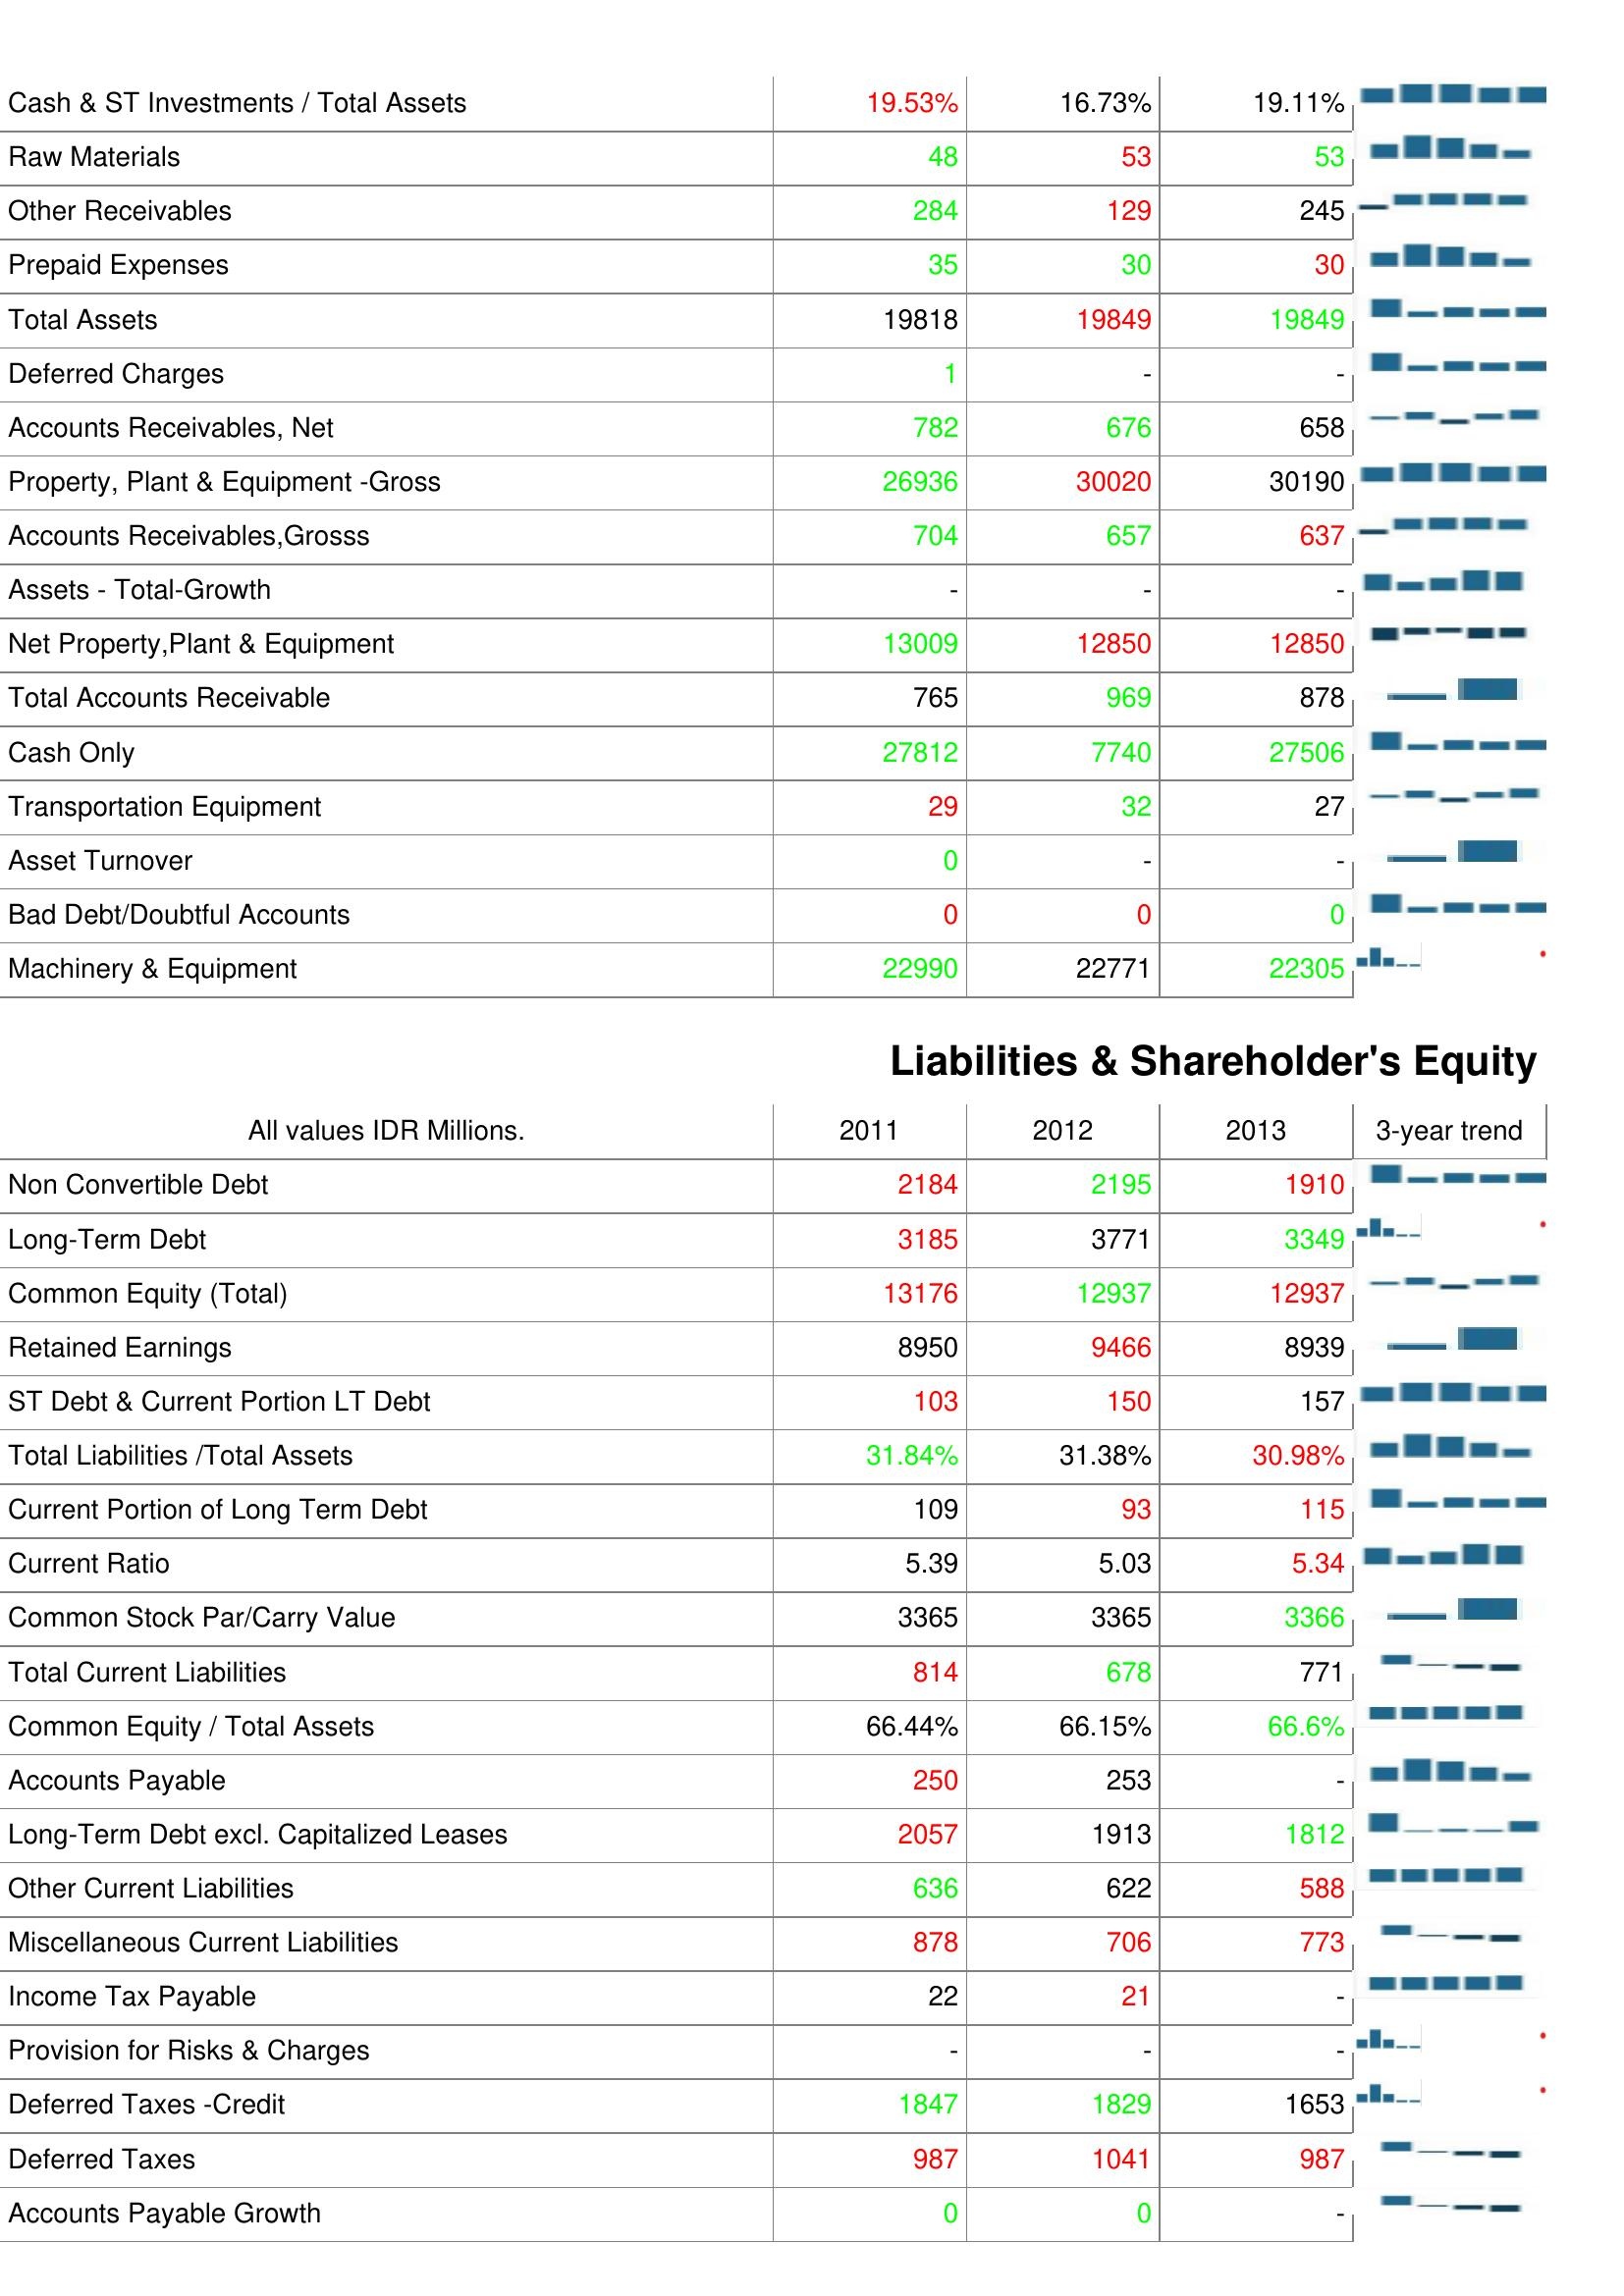
2011: Assets: Cash & ST Investments / Total Assets: 19.53%
Raw Materials: 48
Other Receivables: 284
Prepaid Expenses: 35
Total Assets: 19818
Deferred Charges: 1
Accounts Receivables, Net: 782
Property, Plant & Equipment -Gross: 26936
Accounts Receivables,Grosss: 704
Assets - Total-Growth: -
Net Property,Plant & Equipment: 13009
Total Accounts Receivable: 765
Cash Only: 27812
Transportation Equipment: 29
Asset Turnover: 0
Bad Debt/Doubtful Accounts: 0
Machinery & Equipment: 22990
Liabilities & Shareholder's Equity: Non Convertible Debt: 2184
Long-Term Debt: 3185
Common Equity (Total): 13176
Retained Earnings: 8950
ST Debt & Current Portion LT Debt: 103
Total Liabilities /Total Assets: 31.84%
Current Portion of Long Term Debt: 109
Current Ratio: 5.39
Common Stock Par/Carry Value: 3365
Total Current Liabilities: 814
Common Equity / Total Assets: 66.44%
Accounts Payable: 250
Long-Term Debt excl. Capitalized Leases: 2057
Other Current Liabilities: 636
Miscellaneous Current Liabilities: 878
Income Tax Payable: 22
Provision for Risks & Charges: -
Deferred Taxes -Credit: 1847
Deferred Taxes: 987
Accounts Payable Growth: 0
2012: Assets: Cash & ST Investments / Total Assets: 16.73%
Raw Materials: 53
Other Receivables: 129
Prepaid Expenses: 30
Total Assets: 19849
Deferred Charges: -
Accounts Receivables, Net: 676
Property, Plant & Equipment -Gross: 30020
Accounts Receivables,Grosss: 657
Assets - Total-Growth: -
Net Property,Plant & Equipment: 12850
Total Accounts Receivable: 969
Cash Only: 7740
Transportation Equipment: 32
Asset Turnover: -
Bad Debt/Doubtful Accounts: 0
Machinery & Equipment: 22771
Liabilities & Shareholder's Equity: Non Convertible Debt: 2195
Long-Term Debt: 3771
Common Equity (Total): 12937
Retained Earnings: 9466
ST Debt & Current Portion LT Debt: 150
Total Liabilities /Total Assets: 31.38%
Current Portion of Long Term Debt: 93
Current Ratio: 5.03
Common Stock Par/Carry Value: 3365
Total Current Liabilities: 678
Common Equity / Total Assets: 66.15%
Accounts Payable: 253
Long-Term Debt excl. Capitalized Leases: 1913
Other Current Liabilities: 622
Miscellaneous Current Liabilities: 706
Income Tax Payable: 21
Provision for Risks & Charges: -
Deferred Taxes -Credit: 1829
Deferred Taxes: 1041
Accounts Payable Growth: 0
2013: Assets: Cash & ST Investments / Total Assets: 19.11%
Raw Materials: 53
Other Receivables: 245
Prepaid Expenses: 30
Total Assets: 19849
Deferred Charges: -
Accounts Receivables, Net: 658
Property, Plant & Equipment -Gross: 30190
Accounts Receivables,Grosss: 637
Assets - Total-Growth: -
Net Property,Plant & Equipment: 12850
Total Accounts Receivable: 878
Cash Only: 27506
Transportation Equipment: 27
Asset Turnover: -
Bad Debt/Doubtful Accounts: 0
Machinery & Equipment: 22305
Liabilities & Shareholder's Equity: Non Convertible Debt: 1910
Long-Term Debt: 3349
Common Equity (Total): 12937
Retained Earnings: 8939
ST Debt & Current Portion LT Debt: 157
Total Liabilities /Total Assets: 30.98%
Current Portion of Long Term Debt: 115
Current Ratio: 5.34
Common Stock Par/Carry Value: 3366
Total Current Liabilities: 771
Common Equity / Total Assets: 66.6%
Accounts Payable: -
Long-Term Debt excl. Capitalized Leases: 1812
Other Current Liabilities: 588
Miscellaneous Current Liabilities: 773
Income Tax Payable: -
Provision for Risks & Charges: -
Deferred Taxes -Credit: 1653
Deferred Taxes: 987
Accounts Payable Growth: -